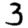
Digit: 3